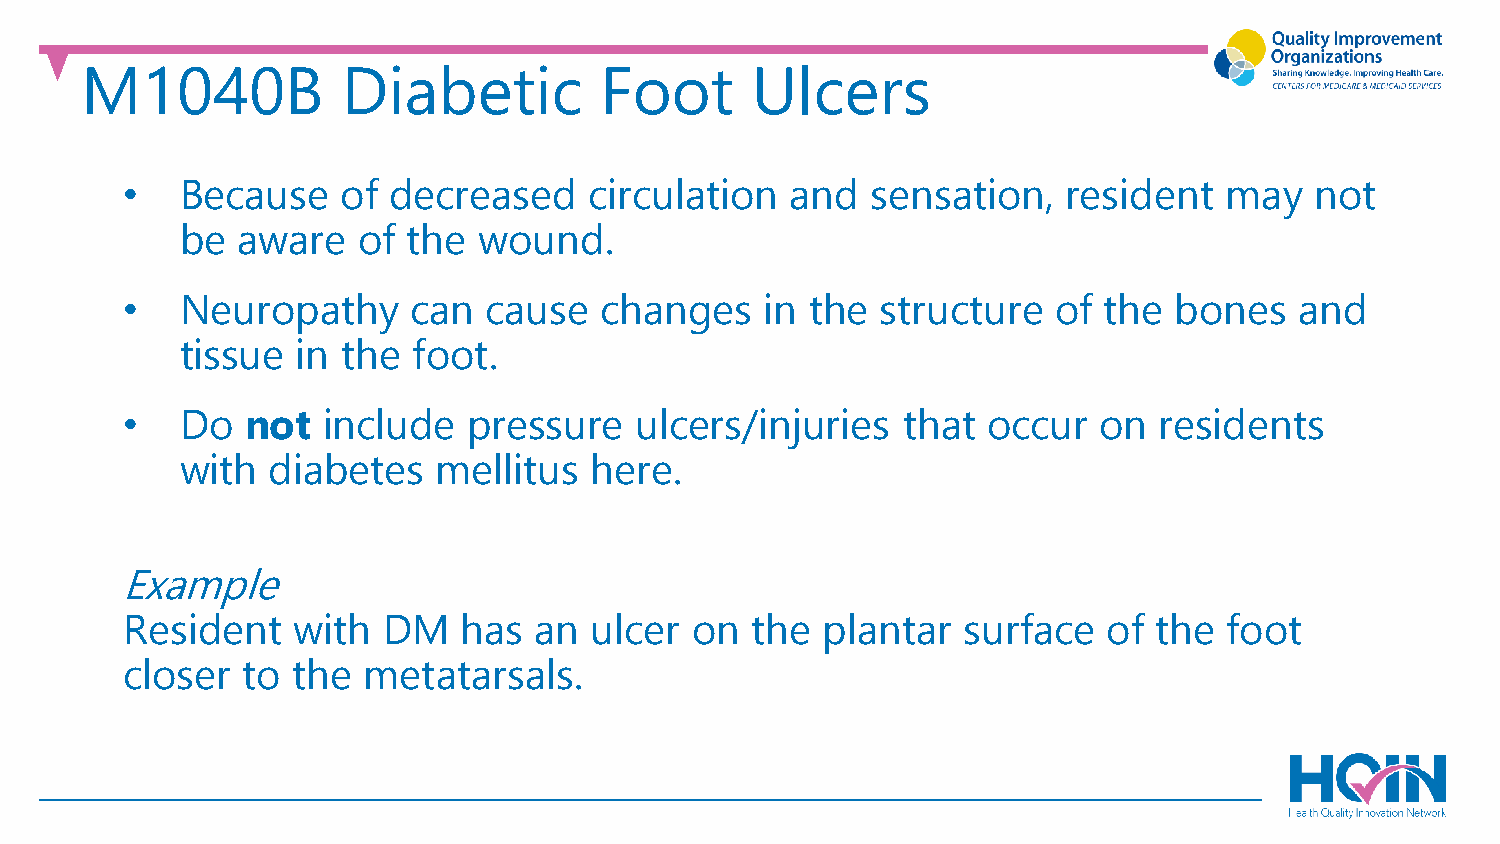
M1040B            Diabetic         Foot      Ulcers
 •   Because    of decreased    circulation  and   sensation,   resident  may   not
 be  aware   of the  wound.
 •   Neuropathy     can  cause   changes    in the structure   of the  bones   and
 tissue  in the foot.
 •   Do  not  include   pressure   ulcers/injuries   that occur   on  residents
 with  diabetes   mellitus  here.
 Example
 Resident   with  DM    has an  ulcer  on  the plantar   surface  of the  foot
 closer  to the  metatarsals.